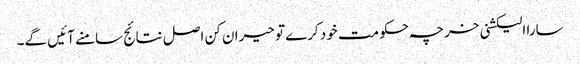
سارا الیکشنی خرچہ حکومت خود کرے تو حیران کن اصل نتائج سامنے آئیں گے۔